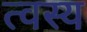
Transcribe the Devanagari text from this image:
त्वस्य